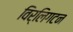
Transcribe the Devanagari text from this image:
विर्लिगटन